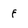
Character: f